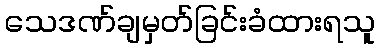
သေဒဏ်ချမှတ်ခြင်းခံထားရသူ